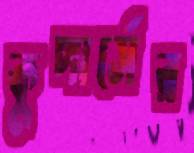
কুপার্সের